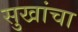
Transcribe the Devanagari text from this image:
सुखांचा